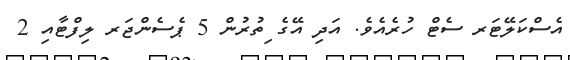
އެސްކަލޭޓަރ ސެޓް ހުރެއެވެ. އަދި އޭގެ ިތުރުން 5 ޕެސެންޖަރ ލިފްޓާއި 2